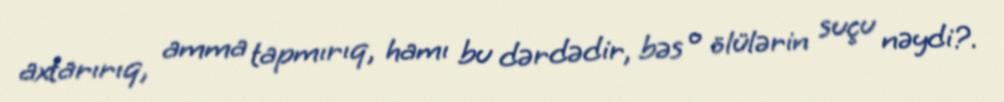
axtarırıq, amma tapmırıq, hamı bu dərdədir, bəs o ölülərin suçu nəydi?.